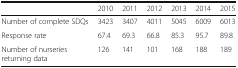
<table><thead><tr><td></td><td><b>2010</b></td><td><b>2011</b></td><td><b>2012</b></td><td><b>2013</b></td><td><b>2014</b></td><td><b>2015</b></td></tr></thead><tbody><tr><td>Number of complete SDQs</td><td>3423</td><td>3407</td><td>4011</td><td>5045</td><td>6009</td><td>6013</td></tr><tr><td>Response rate</td><td>67.4</td><td>69.3</td><td>66.8</td><td>85.3</td><td>95.7</td><td>89.8</td></tr><tr><td>Number of nurseries returning data</td><td>126</td><td>141</td><td>101</td><td>168</td><td>188</td><td>189</td></tr></tbody></table>